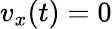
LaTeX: v_{x}(t)=0